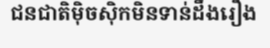
ជនជាតិម៉ិចស៊ិកមិនទាន់ដឹងរឿង